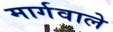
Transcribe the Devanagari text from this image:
मार्गवाले